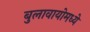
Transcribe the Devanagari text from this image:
बुलावायोमध्ये